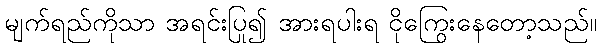
မျက်ရည်ကိုသာ အရင်းပြု၍ အားရပါးရ ငိုကြွေးနေတော့သည်။